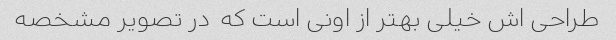
طراحی اش خیلی بهتر از اونی است که  در تصویر مشخصه